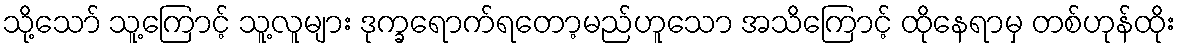
သို့သော် သူ့ကြောင့် သူ့လူများ ဒုက္ခရောက်ရတော့မည်ဟူသော အသိကြောင့် ထိုနေရာမှ တစ်ဟုန်ထိုး